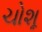
ચોશૂ